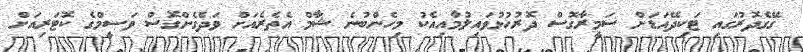
ގޭގެދޮރުގައި ޓަކިދޭއަޑަށް ސަމީރާގޮސް ދޮރުހުޅުވައިލުމާއިއެކު މިހެންބުނެ ޝާމް އެތެރެއަށް ވަދެގެންގޮސް ވަސީމްގެ ކޮޓަރިއަށް